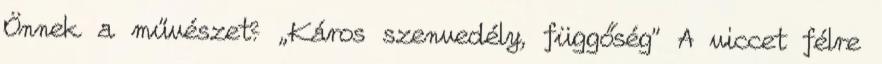
Önnek a művészet? „Káros szenvedély, függőség” A viccet félre